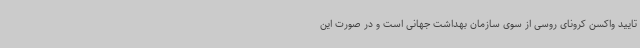
تایید واکسن کرونای روسی از سوی سازمان بهداشت جهانی است و در صورت این